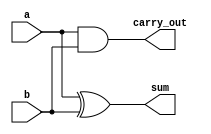
`timescale 1ns / 1ps
//////////////////////////////////////////////////////////////////////////////////
// Company: 
// Engineer: 
// 
// Design Name: 
// Module Name: Half_adder
// Project Name: 
// Target Devices: 
// Tool Versions: 
// Description: 
// 
// Dependencies: 
// 
// Revision:
// Revision 0.01 - File Created
// Additional Comments:
// 
//////////////////////////////////////////////////////////////////////////////////


module half_adder(
    input a,
    input b,
    output sum,
    output carry_out
    );
    
    xor a1 (sum, a, b);
    and a2 (carry_out, a, b);  
    
endmodule